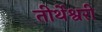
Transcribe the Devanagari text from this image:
तीर्थेश्वरी